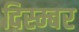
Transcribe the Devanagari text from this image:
दिस्म्बर